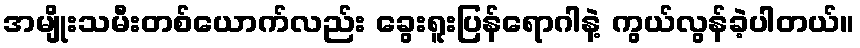
အမျိုးသမီးတစ်ယောက်လည်း ခွေးရူးပြန်ရောဂါနဲ့ ကွယ်လွန်ခဲ့ပါတယ်။